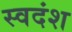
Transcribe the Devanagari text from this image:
स्वदंश